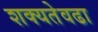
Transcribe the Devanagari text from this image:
शक्यतेवढा